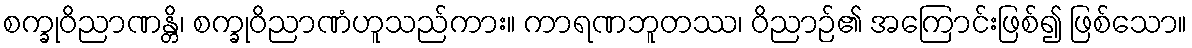
စက္ခုဝိညာဏန္တိ၊ စက္ခုဝိညာဏံဟူသည်ကား။ ကာရဏဘူတဿ၊ ဝိညာဉ်၏ အကြောင်းဖြစ်၍ ဖြစ်သော။